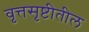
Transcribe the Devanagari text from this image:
वृत्तसृष्टीतील